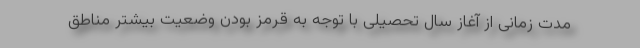
مدت زمانی از آغاز سال تحصیلی با توجه به قرمز بودن وضعیت بیشتر مناطق